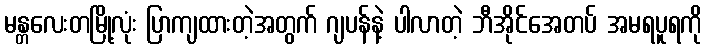
မန္တလေးတမြို့လုံး ပြာကျထားတဲ့အတွက် ဂျပန်နဲ့ ပါလာတဲ့ ဘီအိုင်အေတပ် အမရပူရကို